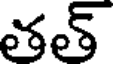
తత్